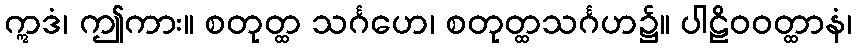
ဣဒံ၊ ဤကား။ စတုတ္ထ သင်္ဂဟေ၊ စတုတ္ထသင်္ဂဟ၌။ ပါဠိဝဝတ္ထာနံ၊